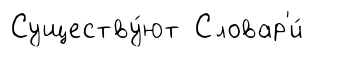
Существу́ют Словар'и́